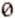
0